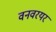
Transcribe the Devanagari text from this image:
वनवरयर